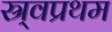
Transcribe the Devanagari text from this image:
स्र्वप्रथम